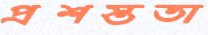
প্রশস্ততা